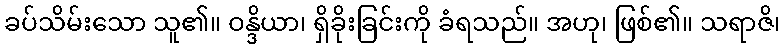
ခပ်သိမ်းသော သူ၏။ ဝန္ဒိယာ၊ ရှိခိုးခြင်းကို ခံရသည်။ အဟု၊ ဖြစ်၏။ သရာဇိ၊